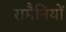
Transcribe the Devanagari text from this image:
रामैनियों